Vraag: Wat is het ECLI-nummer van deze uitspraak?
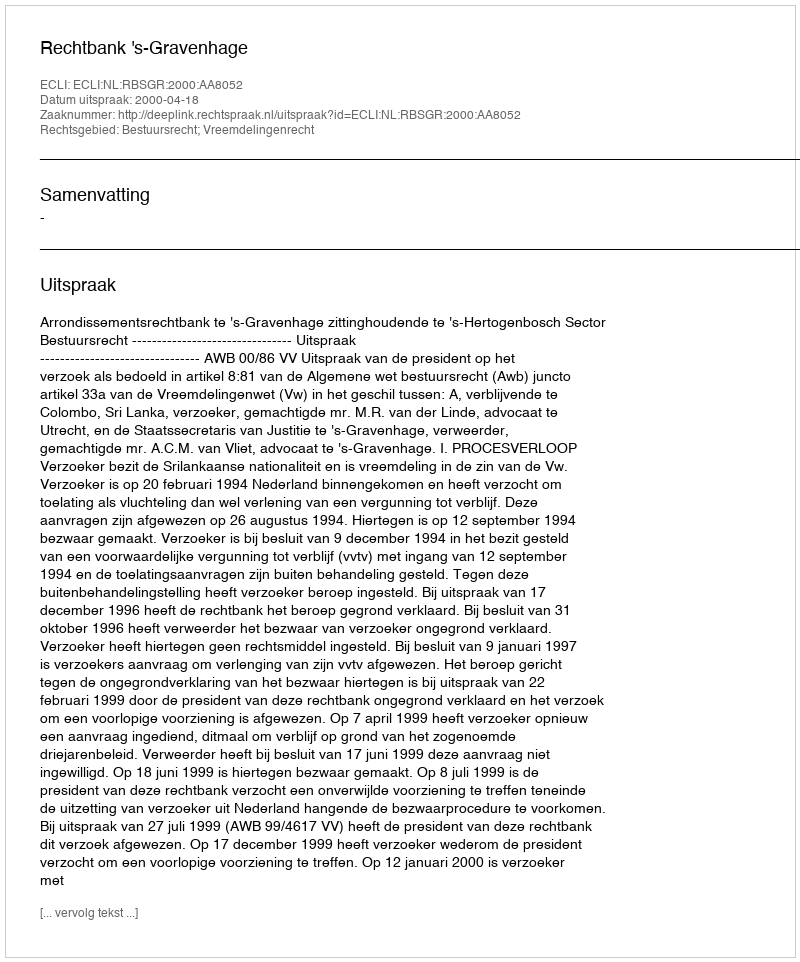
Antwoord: ECLI:NL:RBSGR:2000:AA8052